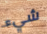
شيء